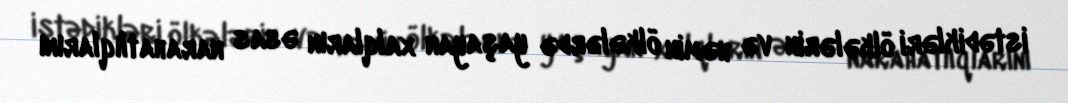
istədikləri ölkələrin və həmin ölkələrdə yaşayan xalqların əsas narahatlıqlarını